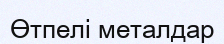
Өтпелі металдар